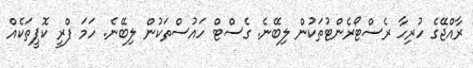
ރާއްޖޭގެ ހުރިހާ ރެސްޓޯރެންޓުތަކުން ލިބޭނެ. ގެސްޓް ހައުސްތަކުން ލިބޭނެ. ހަމަ ފްރީ ކޮޕީތަކެއް